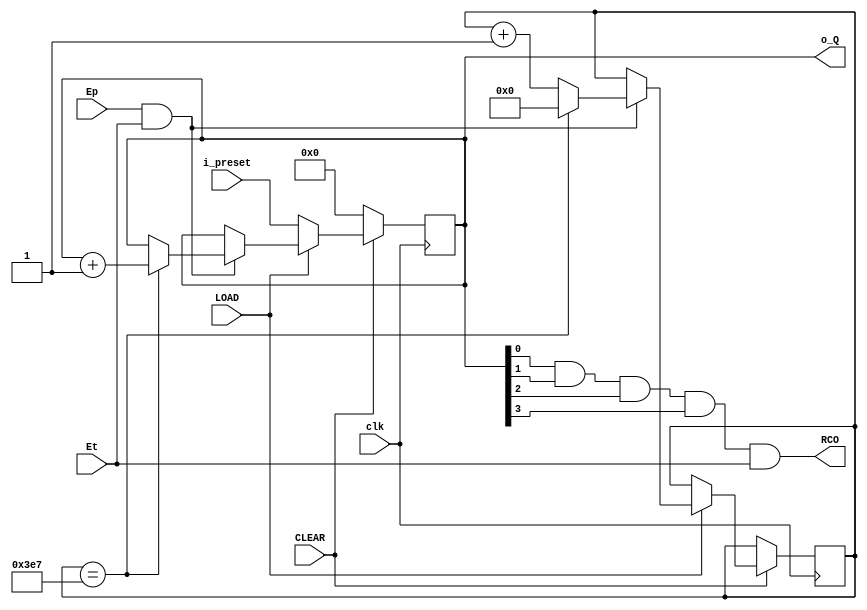
`timescale 1ns/1ps 

module syn_counter # (parameter [7:0] count_in = 1 )(
    input wire clk,                                 // 100 MHz clock 
    input wire Ep,                                   
    input wire Et,                                  
    input wire CLEAR,                               // Active_low
    input wire LOAD,                                // Active_low
    input wire [3:0] i_preset,                      //  A , B , C, D
    output wire [3:0] o_Q,                          //  QA , QB, QC, QD
    output wire RCO
);

wire enable;
reg [3:0] Q;
reg[15:0]counter=0;

assign o_Q = Q;
assign RCO = Q[0] & Q[1] & Q[2] & Q[3] & Et;        // RCO = ripple carry output 
assign enable = Ep & Et; 
     
always @(posedge clk) begin
    if (~CLEAR) 
        Q = 4'b0000;
    else begin
        if (~LOAD) 
            Q = i_preset;
         else begin
            if (enable) begin
                     if(counter == 999) begin       // counter period is 10000ns (Arbitrary) 
                        counter = 0;
                        Q = Q +1; 
                      end
                      else 
                       counter = counter + count_in;  
            end
            else 
                     Q = Q;
          end
     end
end                            
endmodule